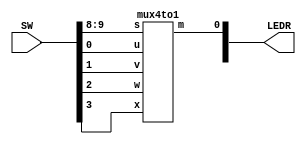
module mux4to1_final(SW, LEDR);
    input [9:0] SW;
    output [9:0] LEDR;

    mux4to1 m0(
	.u(SW[0]), 
	.v(SW[1]), 
	.w(SW[2]), 
	.x(SW[3]), 
	.s(SW[9:8]), 
	.m(LEDR[0])
	);

endmodule

module mux4to1(u, v, w, x, s, m);
    input u,v,w,x;
    input [1:0] s;
    output m;

    wire wire_1, wire_2;

    mux2to1 u0(
	.x(wire_1),
	.y(wire_2),
	.s(s[1]),
	.m(m)
	);

    mux2to1 u1(
    .x(u),
    .y(v),
	.s(s[0]),
	.m(wire_1)
	);

    mux2to1 u2(
	.x(w),
	.y(x),
	.s(s[0]),
	.m(wire_2)
	);
    
endmodule

module mux2to1(x, y, s, m);
    input x; //selected when s is 0
    input y; //selected when s is 1
    input s; //select signal
    output m; //output
  
    assign m = s & y | ~s & x;
    // OR
    // assign m = s ? y : x;

endmodule